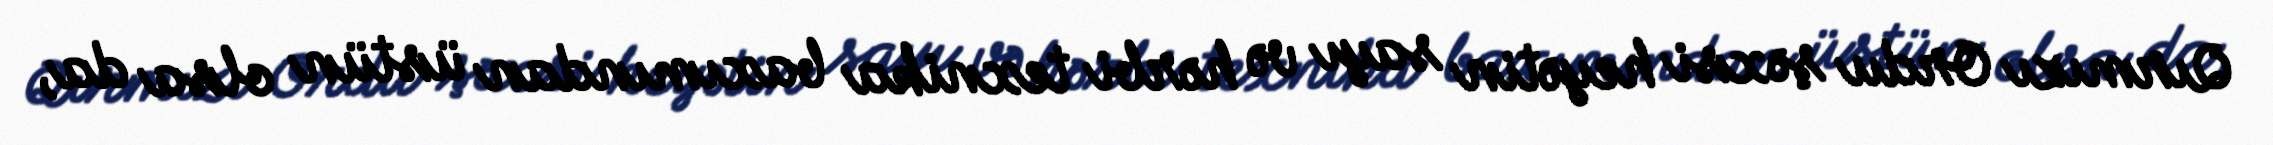
Qırmızı Ordu şəxsi heyətin sayı və hərbi texnika baxımından üstün olsa da,